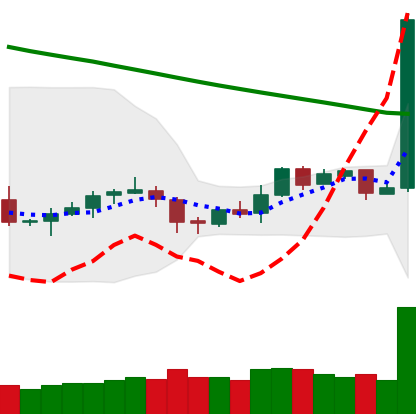
Ticker: LTC-USD
Chart end date: 2019-02-08
Forward return: -3.375%
Label: down_3_5